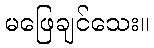
မဖြေချင်သေး။